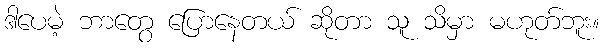
ဒါပေမဲ့ ဘာတွေ ပြောနေတယ် ဆိုတာ သူ သိမှာ မဟုတ်ဘူး။